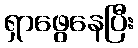
ရှာဖွေနေပြီး